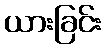
ယားခြင်း